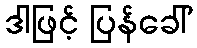
ဒါဖြင့် ပြန်ခေါ်